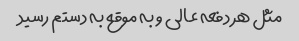
مثل هر دفعه عالی و به موقع به دستم رسید